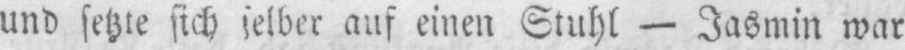
und setzte sich selber auf einen Stuhl - Jasmin war